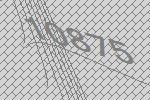
10875